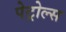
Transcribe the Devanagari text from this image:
पेट्रोल्स